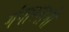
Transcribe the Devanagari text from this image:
गंगास्नानी